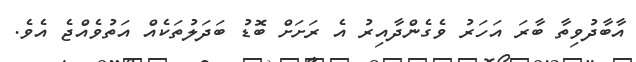
އާބާދުވިތާ ބާރަ އަހަރު ވެގެންދާއިރު އެ ރަށަށް ބޮޑު ބަދަލުތަކެއް އަތުވެއްޖެ އެވެ.